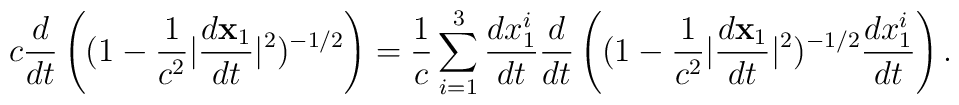
c\frac{d}{dt} \left( (1 - \frac{1}{c^{2}} |\frac{d{\bf x}_{1}}{dt}|^{2})^{- 1/2} \right)= \frac{1}{c} \sum_{i = 1}^{3} \frac{dx_{1}^{i}}{dt}\frac{d}{dt} \left( (1 - \frac{1}{c^{2}} |\frac{d{\bf x}_{1}}{dt}|^{2})^{- 1/2} \frac{dx_{1}^{i}}{dt} \right).